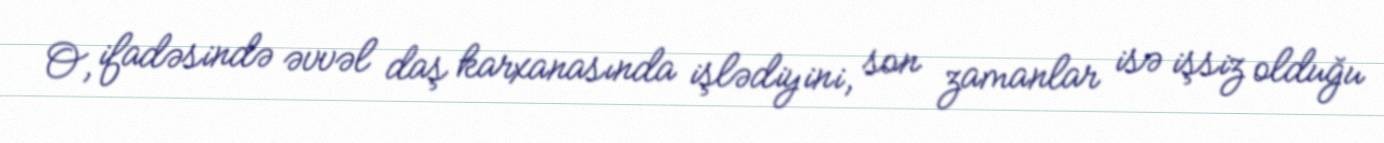
O, ifadəsində əvvəl daş karxanasında işlədiyini, son zamanlar isə işsiz olduğu